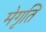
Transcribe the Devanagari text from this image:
मेगृति